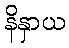
နိနှာယ